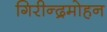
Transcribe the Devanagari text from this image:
गिरीन्द्रमोहन